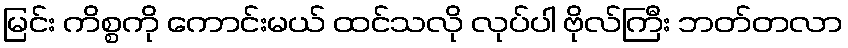
မြင်း ကိစ္စကို ကောင်းမယ် ထင်သလို လုပ်ပါ ဗိုလ်ကြီး ဘတ်တလာ